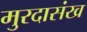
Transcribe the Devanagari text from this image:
मुरदासंख